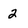
Character: 2